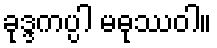
ခုဒ္ဒကပ္ပါ မဓုဿဝါ။